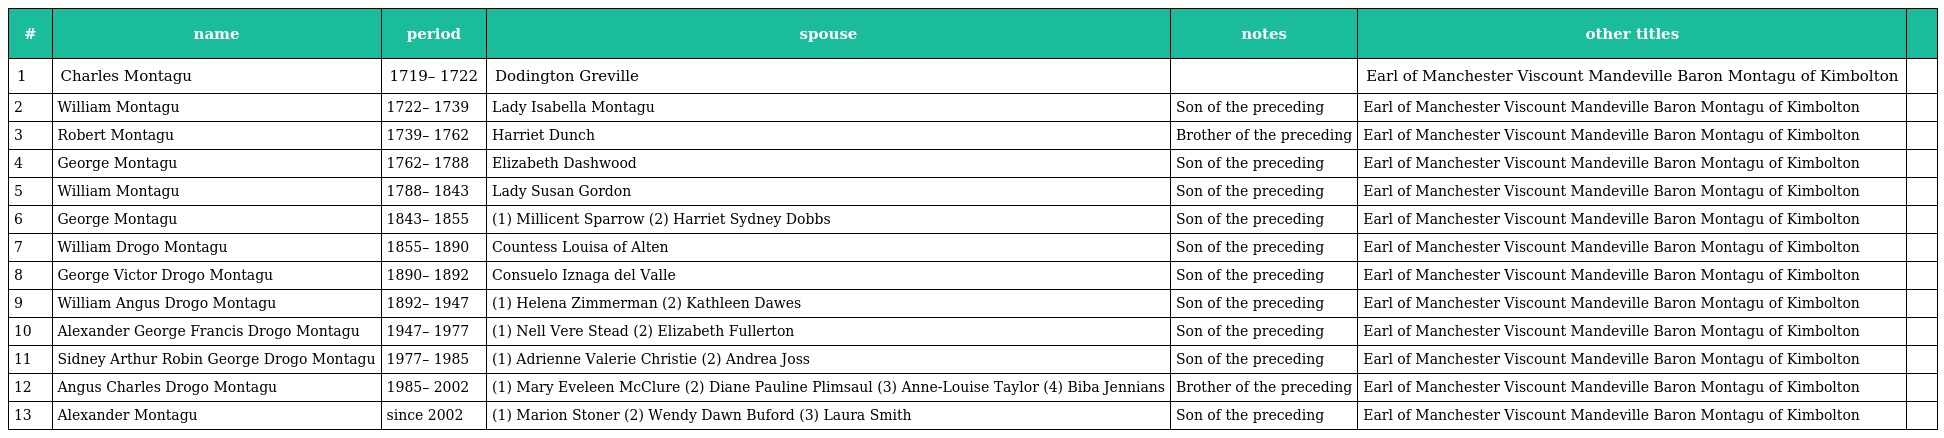
| # | name | period | spouse | notes | other titles |  |
 | --- | --- | --- | --- | --- | --- | --- |
 | 1 | Charles Montagu | 1719– 1722 | Dodington Greville |  | Earl of Manchester Viscount Mandeville Baron Montagu of Kimbolton |  |
 | 2 | William Montagu | 1722– 1739 | Lady Isabella Montagu | Son of the preceding | Earl of Manchester Viscount Mandeville Baron Montagu of Kimbolton |  |
 | 3 | Robert Montagu | 1739– 1762 | Harriet Dunch | Brother of the preceding | Earl of Manchester Viscount Mandeville Baron Montagu of Kimbolton |  |
 | 4 | George Montagu | 1762– 1788 | Elizabeth Dashwood | Son of the preceding | Earl of Manchester Viscount Mandeville Baron Montagu of Kimbolton |  |
 | 5 | William Montagu | 1788– 1843 | Lady Susan Gordon | Son of the preceding | Earl of Manchester Viscount Mandeville Baron Montagu of Kimbolton |  |
 | 6 | George Montagu | 1843– 1855 | (1) Millicent Sparrow (2) Harriet Sydney Dobbs | Son of the preceding | Earl of Manchester Viscount Mandeville Baron Montagu of Kimbolton |  |
 | 7 | William Drogo Montagu | 1855– 1890 | Countess Louisa of Alten | Son of the preceding | Earl of Manchester Viscount Mandeville Baron Montagu of Kimbolton |  |
 | 8 | George Victor Drogo Montagu | 1890– 1892 | Consuelo Iznaga del Valle | Son of the preceding | Earl of Manchester Viscount Mandeville Baron Montagu of Kimbolton |  |
 | 9 | William Angus Drogo Montagu | 1892– 1947 | (1) Helena Zimmerman (2) Kathleen Dawes | Son of the preceding | Earl of Manchester Viscount Mandeville Baron Montagu of Kimbolton |  |
 | 10 | Alexander George Francis Drogo Montagu | 1947– 1977 | (1) Nell Vere Stead (2) Elizabeth Fullerton | Son of the preceding | Earl of Manchester Viscount Mandeville Baron Montagu of Kimbolton |  |
 | 11 | Sidney Arthur Robin George Drogo Montagu | 1977– 1985 | (1) Adrienne Valerie Christie (2) Andrea Joss | Son of the preceding | Earl of Manchester Viscount Mandeville Baron Montagu of Kimbolton |  |
 | 12 | Angus Charles Drogo Montagu | 1985– 2002 | (1) Mary Eveleen McClure (2) Diane Pauline Plimsaul (3) Anne-Louise Taylor (4) Biba Jennians | Brother of the preceding | Earl of Manchester Viscount Mandeville Baron Montagu of Kimbolton |  |
 | 13 | Alexander Montagu | since 2002 | (1) Marion Stoner (2) Wendy Dawn Buford (3) Laura Smith | Son of the preceding | Earl of Manchester Viscount Mandeville Baron Montagu of Kimbolton |  |